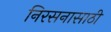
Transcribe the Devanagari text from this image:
निरसनासाठी